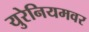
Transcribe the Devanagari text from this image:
युरेनियमवर